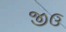
જીઉ